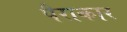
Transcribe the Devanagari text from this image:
पैराकार